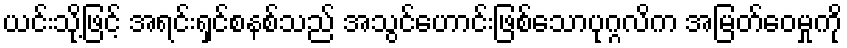
ယင်းသို့ဖြင့် အရင်းရှင်စနစ်သည် အသွင်ဟောင်းဖြစ်သောပုဂ္ဂလိက အမြတ်ဝေမှုကို